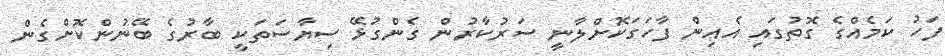
ފަހު ކަމެއްގެ ގޮތުގައި އެއިން ފާހަގަކޮށްލާނީ ސަރުކާރުން ގެންގުޅޭ ސިޔާސަތަކީ ބާރުގެ ބޭނުންކޮށްގެން